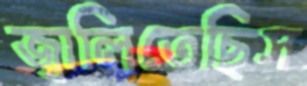
জ্বালিতেছিস